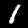
Digit: 1